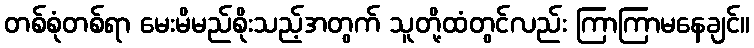
တစ်စုံတစ်ရာ မေးမိမည်စိုးသည့်အတွက် သူတို့ထံတွင်လည်း ကြာကြာမနေချင်။